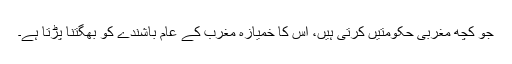
جو کچھ مغربی حکومتیں کرتی ہیں، اُس کا خمیازہ مغرب کے عام باشندے کو بھگتنا پڑتا ہے۔